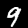
Digit: 9